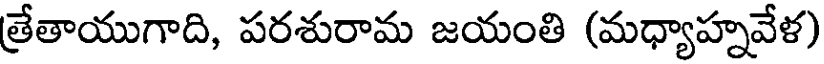
త్రేతాయుగాది, పరశురామ జయంతి (మధ్యాహ్నవేళ)